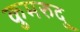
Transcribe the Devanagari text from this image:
कुमरुदु